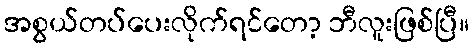
အစွယ်တပ်ပေးလိုက်ရင်တော့ ဘီလူးဖြစ်ပြီ။